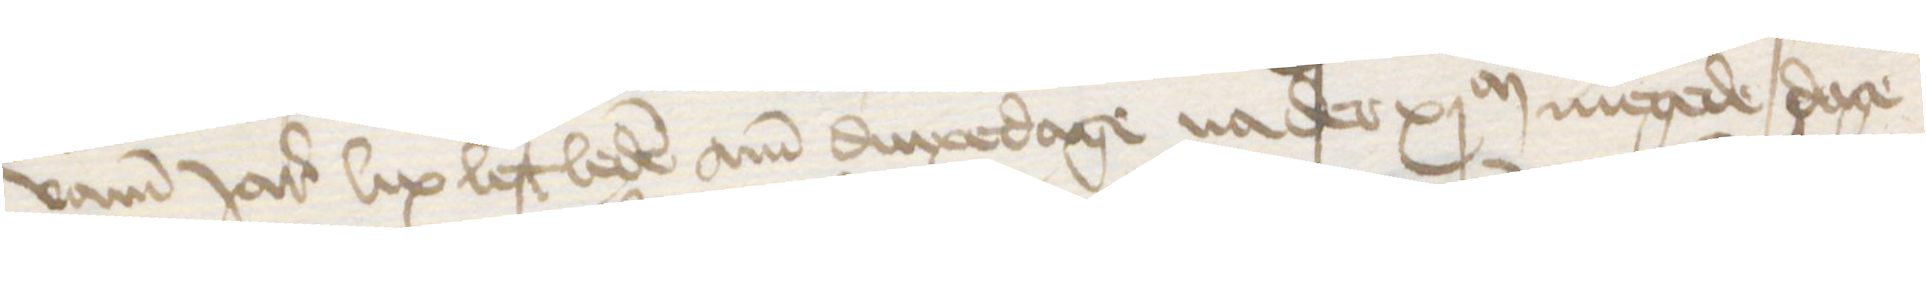
vamm Jares lix lest leden am dinxedage na der xjM megede dage